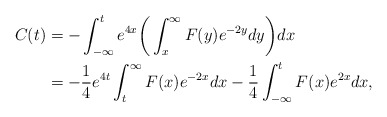
\begin{align*}C(t)&=-\int_{-\infty}^t e^{4x}\bigg(\int_x^{\infty} F(y)e^{-2y}dy\bigg)dx\\&=-\frac{1}{4}e^{4t}\int_t^{\infty} F(x)e^{-2x}dx -\frac{1}{4}\int_{-\infty}^t F(x)e^{2x}dx,\end{align*}